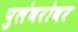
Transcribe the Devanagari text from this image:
पुलंबरोबर